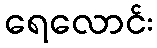
ရေလောင်း